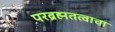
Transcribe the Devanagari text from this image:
परब्रह्मतत्वाचा